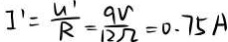
I ^ { \prime } = \frac { U ^ { \prime } } { R } = \frac { 9 V } { 1 2 \Omega } = 0 . 7 5 A